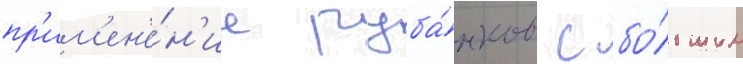
пр'им'ен'е́н'ие руба́нков с бо́льшим